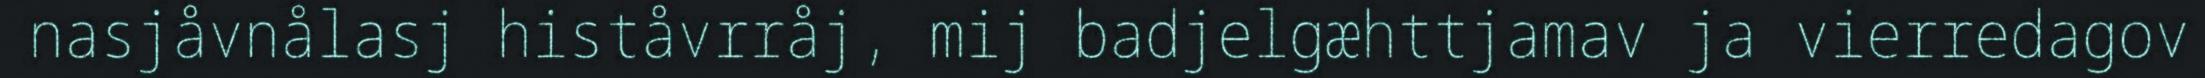
nasjåvnålasj histåvrråj, mij badjelgæhttjamav ja vierredagov